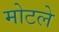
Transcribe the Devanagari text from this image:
मोटले